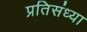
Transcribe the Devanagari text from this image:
प्रतिसंध्या